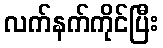
လက်နက်ကိုင်ပြီး